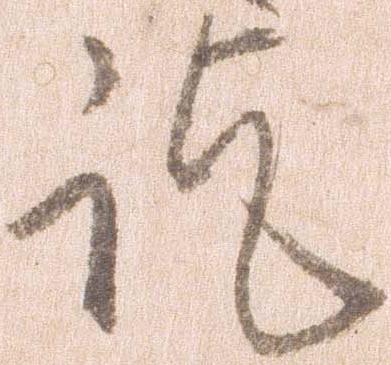
訖